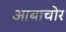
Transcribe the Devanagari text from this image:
आबाचोर